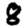
Digit: 8